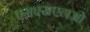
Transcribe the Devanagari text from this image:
एमएसएलओ